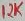
Text: 12K